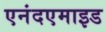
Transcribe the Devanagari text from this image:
एनंदएमाइड